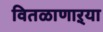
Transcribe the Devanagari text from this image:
वितळाणाऱ्या